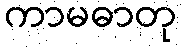
ကာမဓာတု